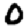
Digit: 0